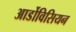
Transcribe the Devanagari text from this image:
आर्डोविसियन